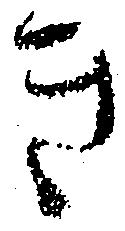
き